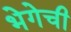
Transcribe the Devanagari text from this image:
भेगेची